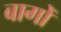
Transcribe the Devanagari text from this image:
बागोँ